Medical and sanitary report on the native army of Bombay for the year
Year: 1878
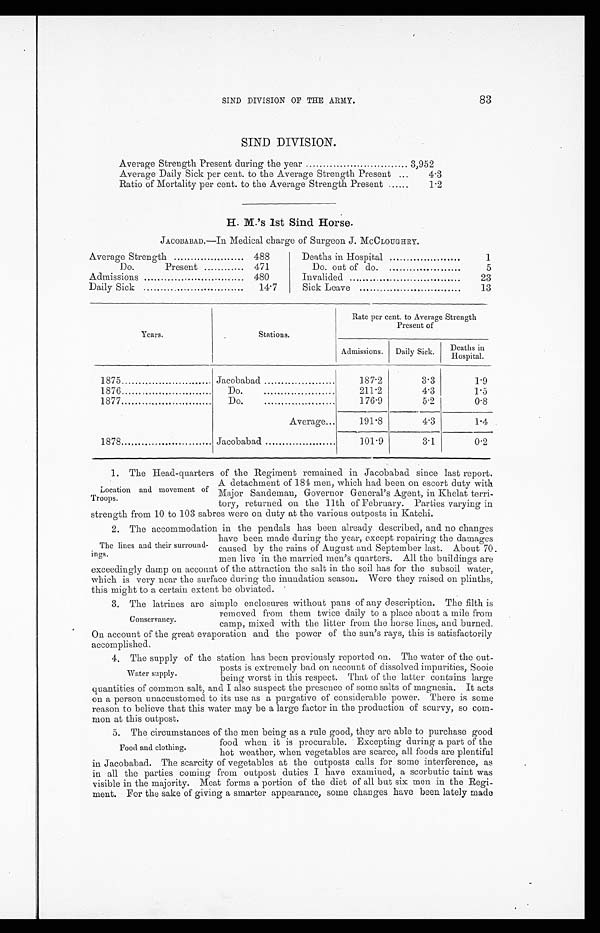
83
SIND DIVISION OF THE ARMY.
SIND DIVISION.
Average Strength Present during the year
3,952
Average Daily Sick per cent. to the Average Strength Present
.
4.3
Ratio of Mortality per cent. to the Average Strength Present
1.2
H. M.’s 1st Sind Horse.
JACOBABAD.—In Medical charge of Surgeon J. MCCLOUGHRY.
Average Strength
488
Do.
Present
471
Admissions
480
Daily Sick
14.7
Deaths in Hospital
1
Do. out of do.
5
Invalided
23
Sick Leave
13
Years.
Stations.
Rate per cent. to Average Strength
Present of
Admissions.
Daily Sick.
D e a t h s i n
H o s p i t a l .
1875
Jacobabad
187.2
3.3
1.9
1876
D o . . . . . . . . . . . . . . . . . . . . .
211.2
4.3
1.5
1877
D o . . . . . . . . . . . . . . . . . . . . . . . . . . . . . . . . . . . . . . . .
176.9
5.2
0.8
Average...
191.8
4.3
1.4
1878
Jacobabad
101.9
3.1
0.2
1. The Head-quarters of the Regiment remained in Jacobabad since last report.
Location and movement of
Troops.
A detachment of 184 men, which had been on escort duty with
Major Sandeman, Governor General’s Agent, in Khelat terri-
tory, returned on the 11th of February. Parties varying in
strength from 10 to 103 sabres were on duty at the various outposts in Katchi.
2. The accommodation in the pendals has been already described, and no changes
The lines and their surround
-ings.
have been made during the year, except repairing the damages
caused by the rains of August and September last. About 70.
men live in the married men’s quarters. All the buildings are
exceedingly damp on account of the attraction the salt in the soil has for the subsoil water,
which is very near the surface during the inundation season. Were they raised on plinths,
this might to a certain extent be obviated.
3. The latrines are simple enclosures without pans of any description. The filth is
Conservancy.
removed from them twice daily to a place about a mile from
camp, mixed with the litter from the horse lines, and burned.
On account of the great evaporation and the power of the sun’s rays, this is satisfactorily
accomplished.
4. The supply of the station has been previously reported on. The water of the out-
posts is extremely bad on account of dissolved impurities, Sooie
being worst in this respect. That of the latter contains large
quantities of common salt, and I also suspect the presence of some salts of magnesia. It acts
on a person unaccustomed to its use as a purgative of considerable power. There is some
reason to believe that this water may be a large factor in the production of scurvy, so com
- m o n a t t h i s o u t p o s t .
5. The circumstances of the men being as a rule good, they are able to purchase good
food when it is procurable. Excepting during a part of the
hot weather, when vegetables are scarce, all foods are plentiful
in Jacobabad. The scarcity of vegetables at the outposts calls for some interference, as
in all the parties coming from outpost duties I have examined, a scorbutic taint was
visible in the majority. Meat forms a portion of the diet of all but six men in the Regi-
ment. For the, sake of giving a smarter appearance, some changes have been lately made
Water supply.
Food and clothing.